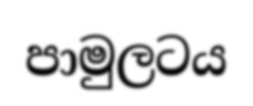
පාමුලටය